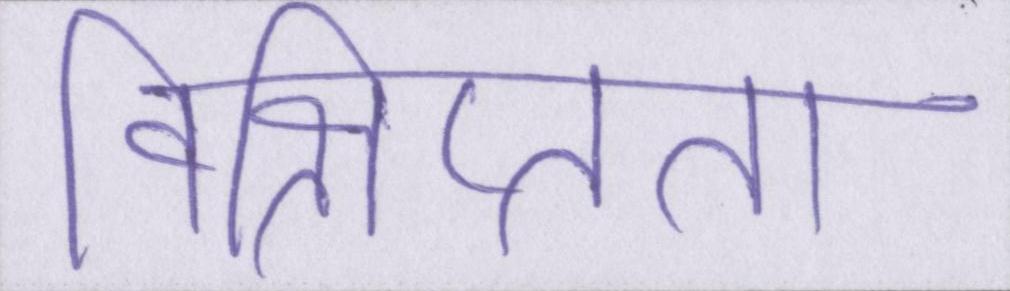
विक्षिप्तता